Annual returns of the Patna Lunatic Asylum at Bankipore in Bihar and Orissa - 1912-1924
Year: 1912
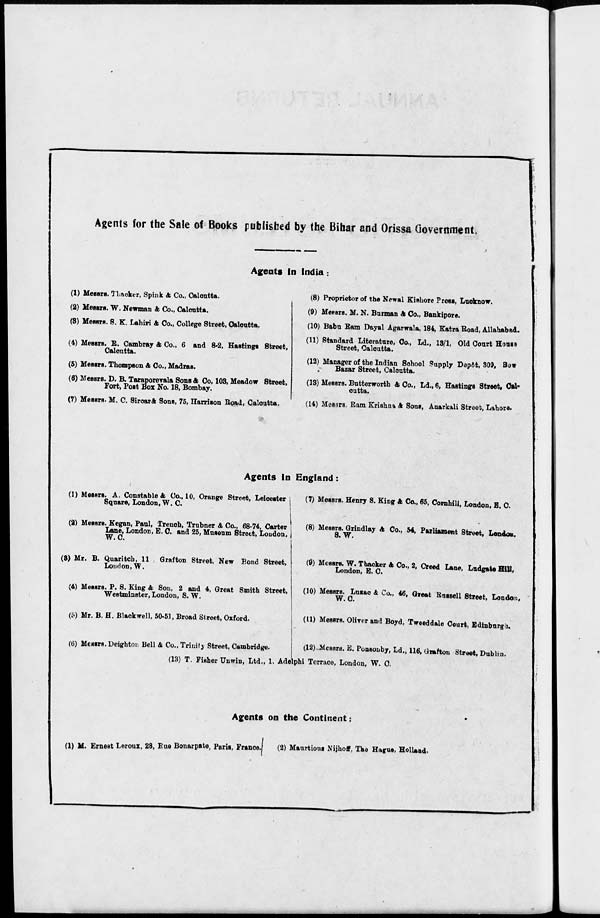
Agents for the Sale of Books published by the Bihar and Orissa Government.
Agents in India :
(1) Messrs. Thacker, Spink & Co., Calcutta.
(2) Messrs. W. Newman & Co., Calcutta.
(3) Messrs. S. K. Lahiri & Co., College Street, Calcutta.
(4) Messrs. R. Cambray & Co., 6 and 8-2, Hastings Street,
Calcutta.
(5) Messrs. Thompson & Co., Madras.
(6) Messrs. D. B. Taraporevala Sons & Co, 103, Meadow Street,
Fort, Post Box No. 18, Bombay.
(7) Messrs. M. C. Sircar & Sons, 75, Harrison Road, Calcutta.
(8) Proprietor of the Newal Kishore Press, Lucknow.
(9) Messrs. M. N. Burman & Co., Bankipore.
(10) Babu Ram Dayal Agarwala, 184, Katra Road, Allahabad.
(11) Standard Literature, Co., Ld., 13/1, Old Court House
Street, Calcutta.
(12) Manager of the Indian School Supply Depôt, 309, Bow
Bazar Street, Calcutta.
(13) Messrs. Butterworth & Co., Ld., 6, Hastings Street, Cal¬
cutta.
(14) Messrs. Ram Krishna & Sons, Anarkali Street, Lahore.
Agents in England:
(1) Messrs. A. Constable & Co., 10, Orange Street, Leioester
Square, London, W. C.
(2) Messrs. Kegan, Paul, Trench, Trubner & Co., 68-74, Carter
Lane, London, E. C. and 25, Museum Street, London.
W.C.
(3) Mr. B. Quaritch, 11 Grafton Street, New Bond Street,
London, W.
(4) Messrs. P. S. King & Son, 2 and 4, Great Smith Street,
Westminster, London, S. W.
(5) Mr. B. H. Blackwell, 50-51, Broad Street, Oxford.
(6) Messrs. Deighton Bell & Co., Trinity Street, Cambridge.
(7) Messrs. Henry S. King & Co., 65, Cornhill, London, E. C.
(8) Messrs. Grindlay & Co., 54, Parliament Street, London.
S. W.
(9) Messrs. W. Thacker & Co., 2, Creed Lane, Ludgate Hill,
London, E. C.
(10) Messrs. Luzac & Co., 46, Great Russell Street, London,
W. C.
(11) Messrs. Oliver and Boyd, Tweeddale Court, Edinburgh.
(12)Messrs. E. Ponsonby, Ld., 116, Grafton Street, Dublin.
(13) T. Fisher Unwin, Ltd., 1, Adelphi Torrace, London, W. C.
Agents on the Continent:
(1) M. Ernest Leroux, 28, Rue Bonarpate, Paris, France.
(2) Maurtious Nijhoff, The Hague, Holland.